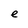
Character: e